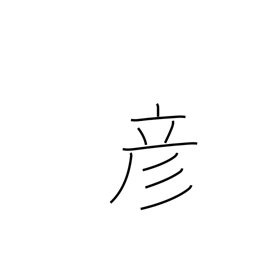
Meaning: boy (ancient)